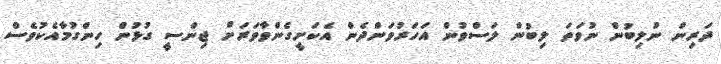
ދަރިން ނުލިބުން ނުވަތަ ލިބުން ލަސްވުން އަހަރުވަންދެން އެކަށީގެންވާވަރަށް ޖިންސީ ގުޅުން ހިންގުމާއެކުވެސް